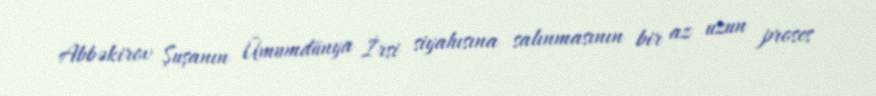
Abbəkirov Şuşanın Ümumdünya İrsi siyahısına salınmasının bir az uzun proses